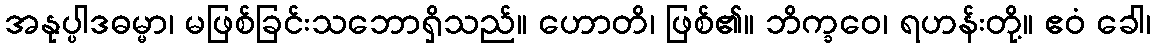
အနုပ္ပါဒဓမ္မာ၊ မဖြစ်ခြင်းသဘောရှိသည်။ ဟောတိ၊ ဖြစ်၏။ ဘိက္ခဝေ၊ ရဟန်းတို့။ ဧဝံ ခေါ၊